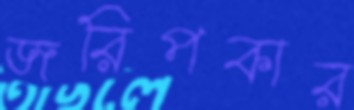
জরিপকার